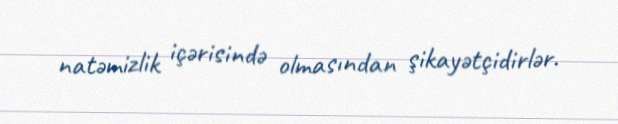
natəmizlik içərisində olmasından şikayətçidirlər.